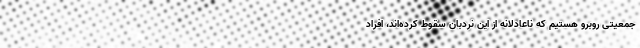
جمعیتی روبرو هستیم که ناعادلانه از این نردبان سقوط کرده‌اند، افراد